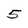
Character: 5